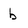
Character: b